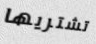
تشتريها